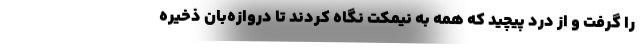
را گرفت و از درد پیچید که همه به نیمکت نگاه کردند تا دروازه‌بان ذخیره